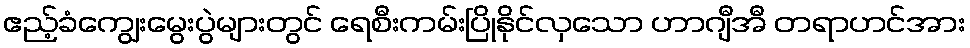
ဧည့်ခံကျွေးမွေးပွဲများတွင် ရေစီးကမ်းပြိုနိုင်လှသော ဟာဂျီအီ တရာဟင်အား